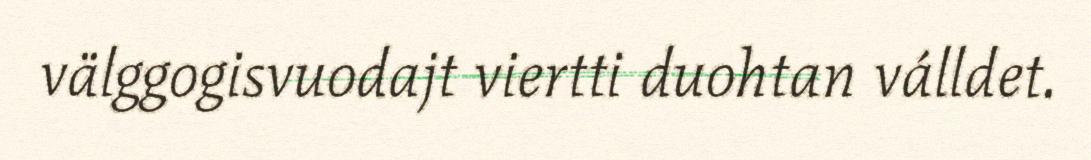
välggogisvuodajt viertti duohtan válldet.